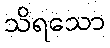
သိရသော